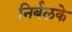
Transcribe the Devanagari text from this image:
निर्बलके